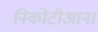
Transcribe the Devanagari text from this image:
निकोटीआना